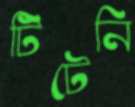
টিটেনি